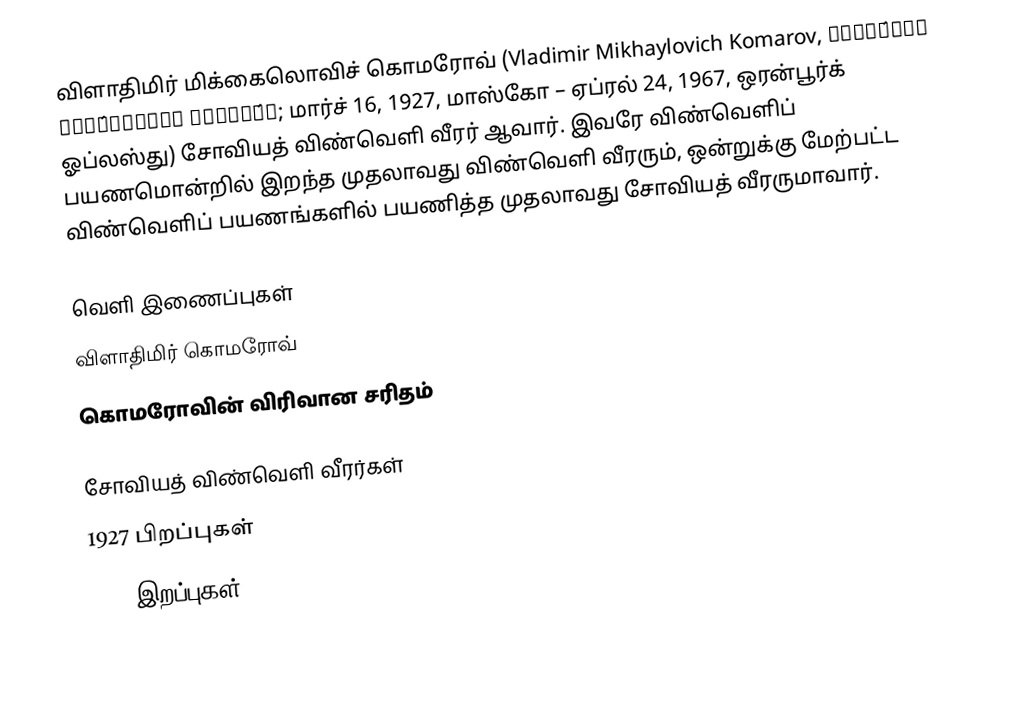
விளாதிமிர் மிக்கைலொவிச் கொமரோவ் (Vladimir Mikhaylovich Komarov, Влади́мир Миха́йлович Комаро́в; மார்ச் 16, 1927, மாஸ்கோ – ஏப்ரல் 24, 1967, ஒரன்பூர்க் ஓப்லஸ்து) சோவியத் விண்வெளி வீரர் ஆவார். இவரே விண்வெளிப் பயணமொன்றில் இறந்த முதலாவது விண்வெளி வீரரும், ஒன்றுக்கு மேற்பட்ட விண்வெளிப் பயணங்களில் பயணித்த முதலாவது சோவியத் வீரருமாவார்.

வெளி இணைப்புகள்
 விளாதிமிர் கொமரோவ்
 கொமரோவின் விரிவான சரிதம்

சோவியத் விண்வெளி வீரர்கள்
1927 பிறப்புகள்
1967 இறப்புகள்